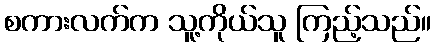
စကားလက်က သူ့ကိုယ်သူ ကြည့်သည်။